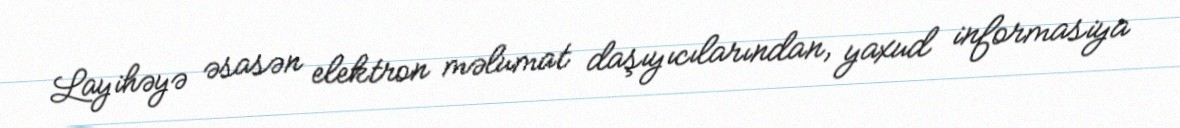
Layihəyə əsasən elektron məlumat daşıyıcılarından, yaxud informasiya